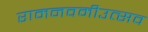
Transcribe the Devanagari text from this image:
रामनवमीउत्सव